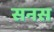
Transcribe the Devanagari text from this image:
सनस